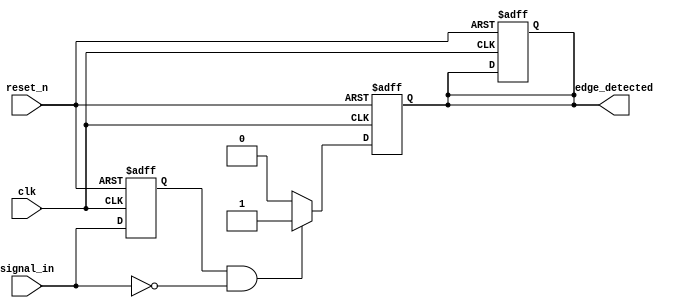
module negative_edge_detector (
    input wire clk,           // Clock signal
    input wire reset_n,      // Active low reset signal
    input wire signal_in,     // Input signal to be monitored
    output reg edge_detected   // Output signal indicating negative edge detection
);

    reg prev_signal;  // To store the previous state of signal_in

    // Flip-Flop to capture the previous state of signal_in on rising edge of clk
    always @(posedge clk or negedge reset_n) begin
        if (!reset_n) begin
            prev_signal <= 1'b0;  // Initialize to low on reset
            edge_detected <= 1'b0; // Reset edge_detected output
        end else begin
            prev_signal <= signal_in; // Update prev_signal on clk rising edge
        end
    end

    // Edge detection logic
    always @(posedge clk or negedge reset_n) begin
        if (!reset_n) begin
            edge_detected <= 1'b0; // Reset edge_detected output
        end else begin
            // Detect negative edge: when signal_in goes from high to low
            if (prev_signal == 1'b1 && signal_in == 1'b0) begin
                edge_detected <= 1'b1; // Set edge_detected high
            end else begin
                edge_detected <= 1'b0; // Reset edge_detected if no negative edge
            end
        end
    end
endmodule